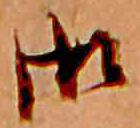
御